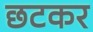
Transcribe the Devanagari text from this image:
छटकर